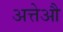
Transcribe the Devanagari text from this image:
अत्तेऔ